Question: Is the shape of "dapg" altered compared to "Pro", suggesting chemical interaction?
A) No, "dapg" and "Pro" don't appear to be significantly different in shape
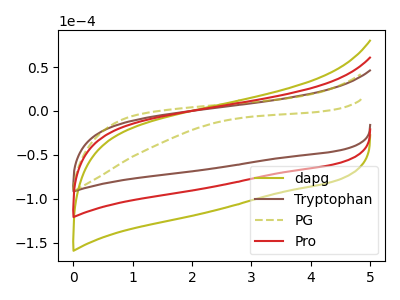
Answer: <think>The olive curve "dapg" has no peaks. The brown curve "Tryptophan" has no peaks. The olive dashed curve "PG" has no peaks. The red curve "Pro" has no peaks.
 Neither "dapg" or "Pro" have any peaks.</think>
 <answer>A) No, "dapg" and "Pro" don't appear to be significantly different in shape</answer>
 <eval>A</eval>